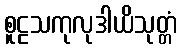
စူဠသကုလုဒါယိသုတ္တံ